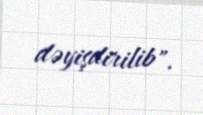
dəyişdirilib".